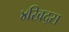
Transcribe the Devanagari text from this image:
४खिद्स